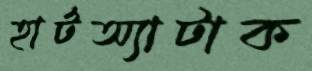
হার্টঅ্যাটাক